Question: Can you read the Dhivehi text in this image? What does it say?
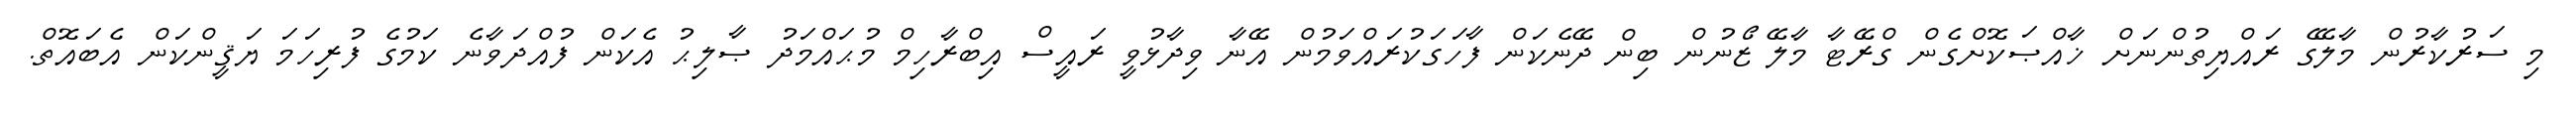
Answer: މި ސަރުކާރުން މާލޭގެ ރައްޔިތުންނަށް ޚާއްޞަކޮށްގެން ގްރޭޓާ މާލޭ ޒޯނުން ބިން ދޭނެކަން ފާހަގަކުރައްވަމުން އޭނާ ވިދާޅުވީ ރައީސް އިބްރާހިމް މުޙައްމަދު ޞާލިޙު އެކަން ފުއްދަވާނެ ކަމުގެ ފުރިހަމަ ޔަޤީންކަން އެބައޮތް.